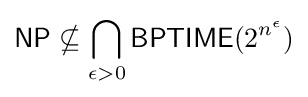
{\mathsf {NP}}\nsubseteq \bigcap _{\epsilon >0}{\mathsf {BPTIME}}(2^{n^{\epsilon }})